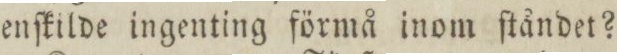
enſkilde ingenting förmå inom ſtåndet?